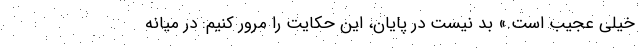
خیلی عجیب است.» بد نیست در پایان، این حکایت را مرور کنیم: در میانه